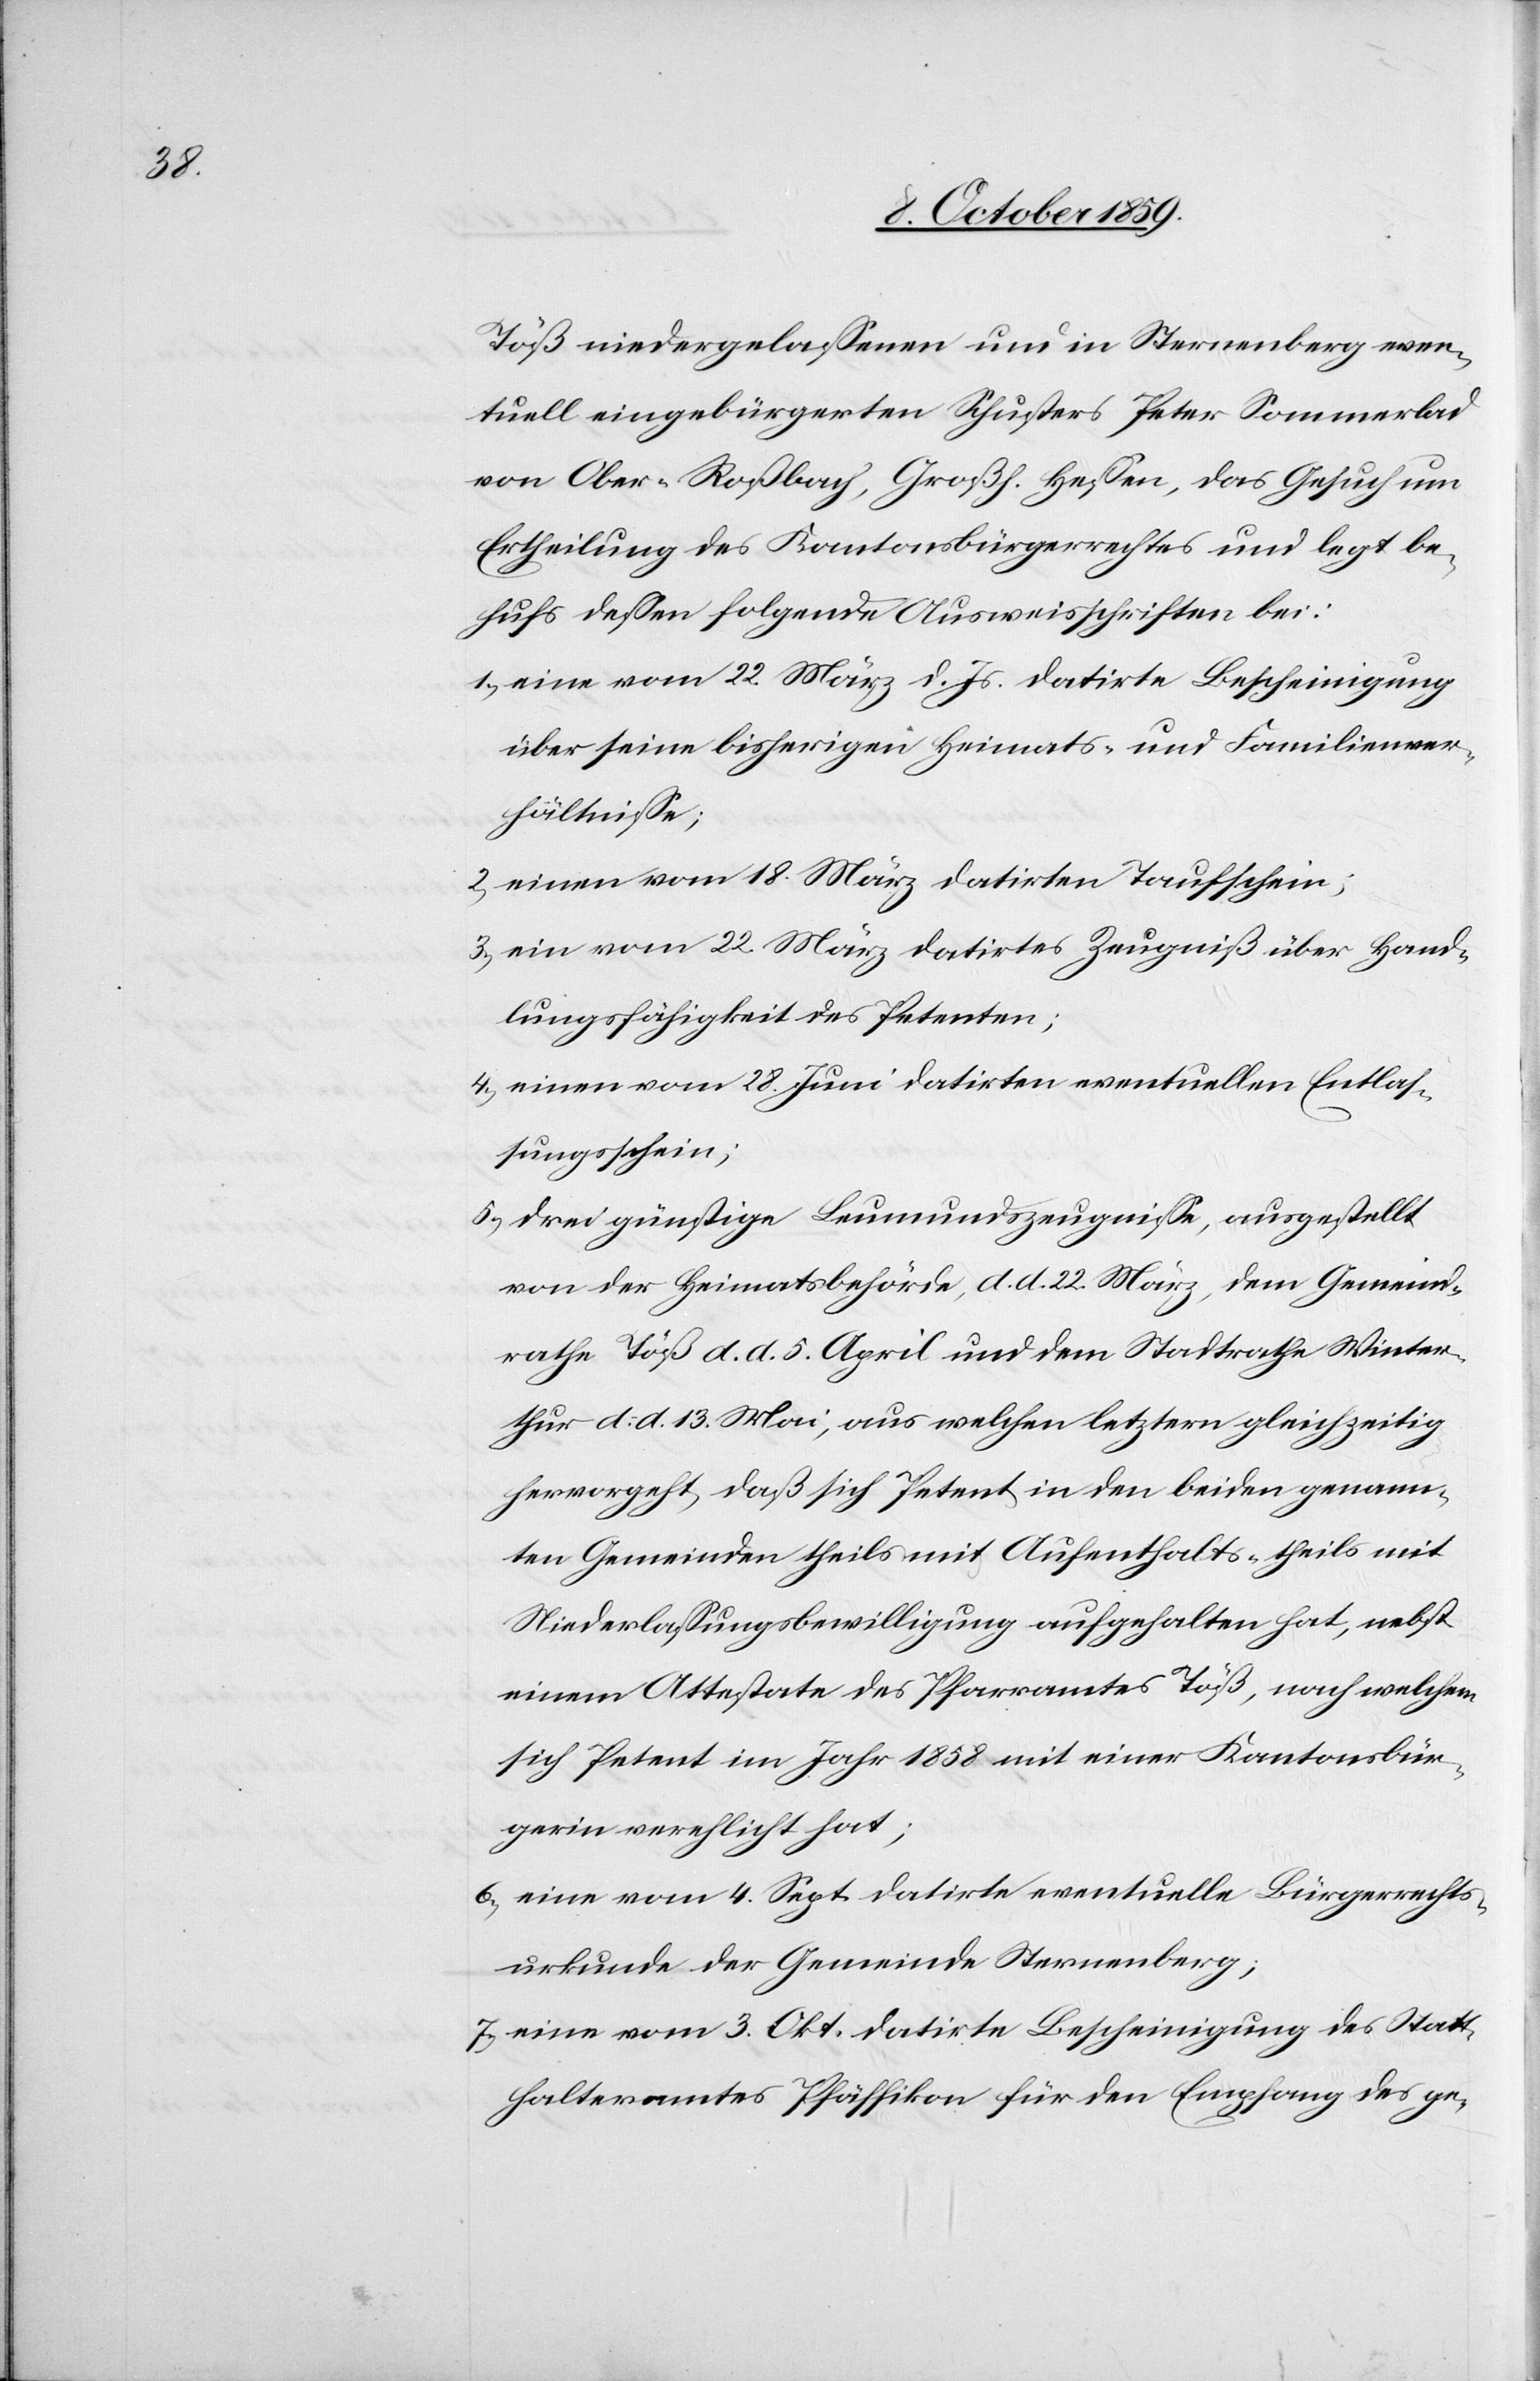
Töß niedergelassenen und in Sternenberg even¬
tuell eingebürgerten Schusters Peter Sommerlad
von Ober-Roßbach, Großh. Hessen, das Gesuch um
Ertheilung des Kantonsbürgerrechtes und legt be¬
hufs dessen folgende Ausweisschriften bei:
1.) eine vom 22. März d. Js. datirte Bescheinigung
über seine bisherigen Heimats- und Familienver¬
hältnisse;
2.) einen vom 18. März datirten Taufschein;
3.) ein vom 22. März datirtes Zeugniß über Hand¬
lungsfähigkeit des Petenten;
4.) einen vom 28. Juni datirten eventuellen Entlas¬
sungsschein;
5.) drei günstige Leumundszeugnisse, ausgestellt
von der Heimatsbehörde, d. d. 22. März, dem Gemeind¬
rathe Töß d. d. 5. April und dem Stadtrathe Winter¬
thur d. d. 13. Mai, aus welchen letztern gleichzeitig
hervorgeht, daß sich Petent in den beiden genann¬
ten Gemeinden theils mit Aufenthalts-[,] theils mit
Niederlassungsbewilligung aufgehalten hat, nebst
einem Attestate des Pfarramtes Töß, nach welchem
sich Petent im Jahr 1858 mit einer Kantonsbür¬
gerin verehlicht hat;
6.) eine vom 4. Sept. datirte eventuelle Bürgerrechts¬
urkunde der Gemeinde Sternenberg;
7.) eine vom 3. Okt. datirte Bescheinigung des Statt¬
halteramtes Pfäffikon für den Empfang des ge-